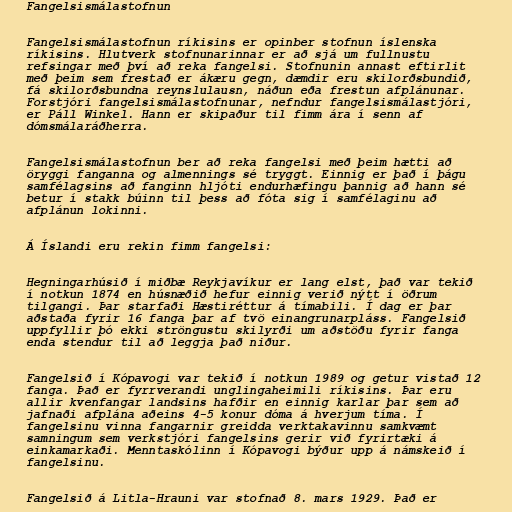
Fangelsismálastofnun

Fangelsismálastofnun ríkisins er opinber stofnun íslenska
ríkisins. Hlutverk stofnunarinnar er að sjá um fullnustu
refsingar með því að reka fangelsi. Stofnunin annast eftirlit
með þeim sem frestað er ákæru gegn, dæmdir eru skilorðsbundið,
fá skilorðsbundna reynslulausn, náðun eða frestun afplánunar.
Forstjóri fangelsismálastofnunar, nefndur fangelsismálastjóri,
er Páll Winkel. Hann er skipaður til fimm ára í senn af
dómsmálaráðherra.

Fangelsismálastofnun ber að reka fangelsi með þeim hætti að
öryggi fanganna og almennings sé tryggt. Einnig er það í þágu
samfélagsins að fanginn hljóti endurhæfingu þannig að hann sé
betur í stakk búinn til þess að fóta sig í samfélaginu að
afplánun lokinni.

Á Íslandi eru rekin fimm fangelsi:

Hegningarhúsið í miðbæ Reykjavíkur er lang elst, það var tekið
í notkun 1874 en húsnæðið hefur einnig verið nýtt í öðrum
tilgangi. Þar starfaði Hæstiréttur á tímabili. Í dag er þar
aðstaða fyrir 16 fanga þar af tvö einangrunarpláss. Fangelsið
uppfyllir þó ekki ströngustu skilyrði um aðstöðu fyrir fanga
enda stendur til að leggja það niður.

Fangelsið í Kópavogi var tekið í notkun 1989 og getur vistað 12
fanga. Það er fyrrverandi unglingaheimili ríkisins. Þar eru
allir kvenfangar landsins hafðir en einnig karlar þar sem að
jafnaði afplána aðeins 4-5 konur dóma á hverjum tíma. Í
fangelsinu vinna fangarnir greidda verktakavinnu samkvæmt
samningum sem verkstjóri fangelsins gerir við fyrirtæki á
einkamarkaði. Menntaskólinn í Kópavogi býður upp á námskeið í
fangelsinu.

Fangelsið á Litla-Hrauni var stofnað 8. mars 1929. Það er